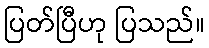
ပြတ်ပြီဟု ပြသည်။